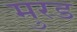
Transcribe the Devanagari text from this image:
मुरड